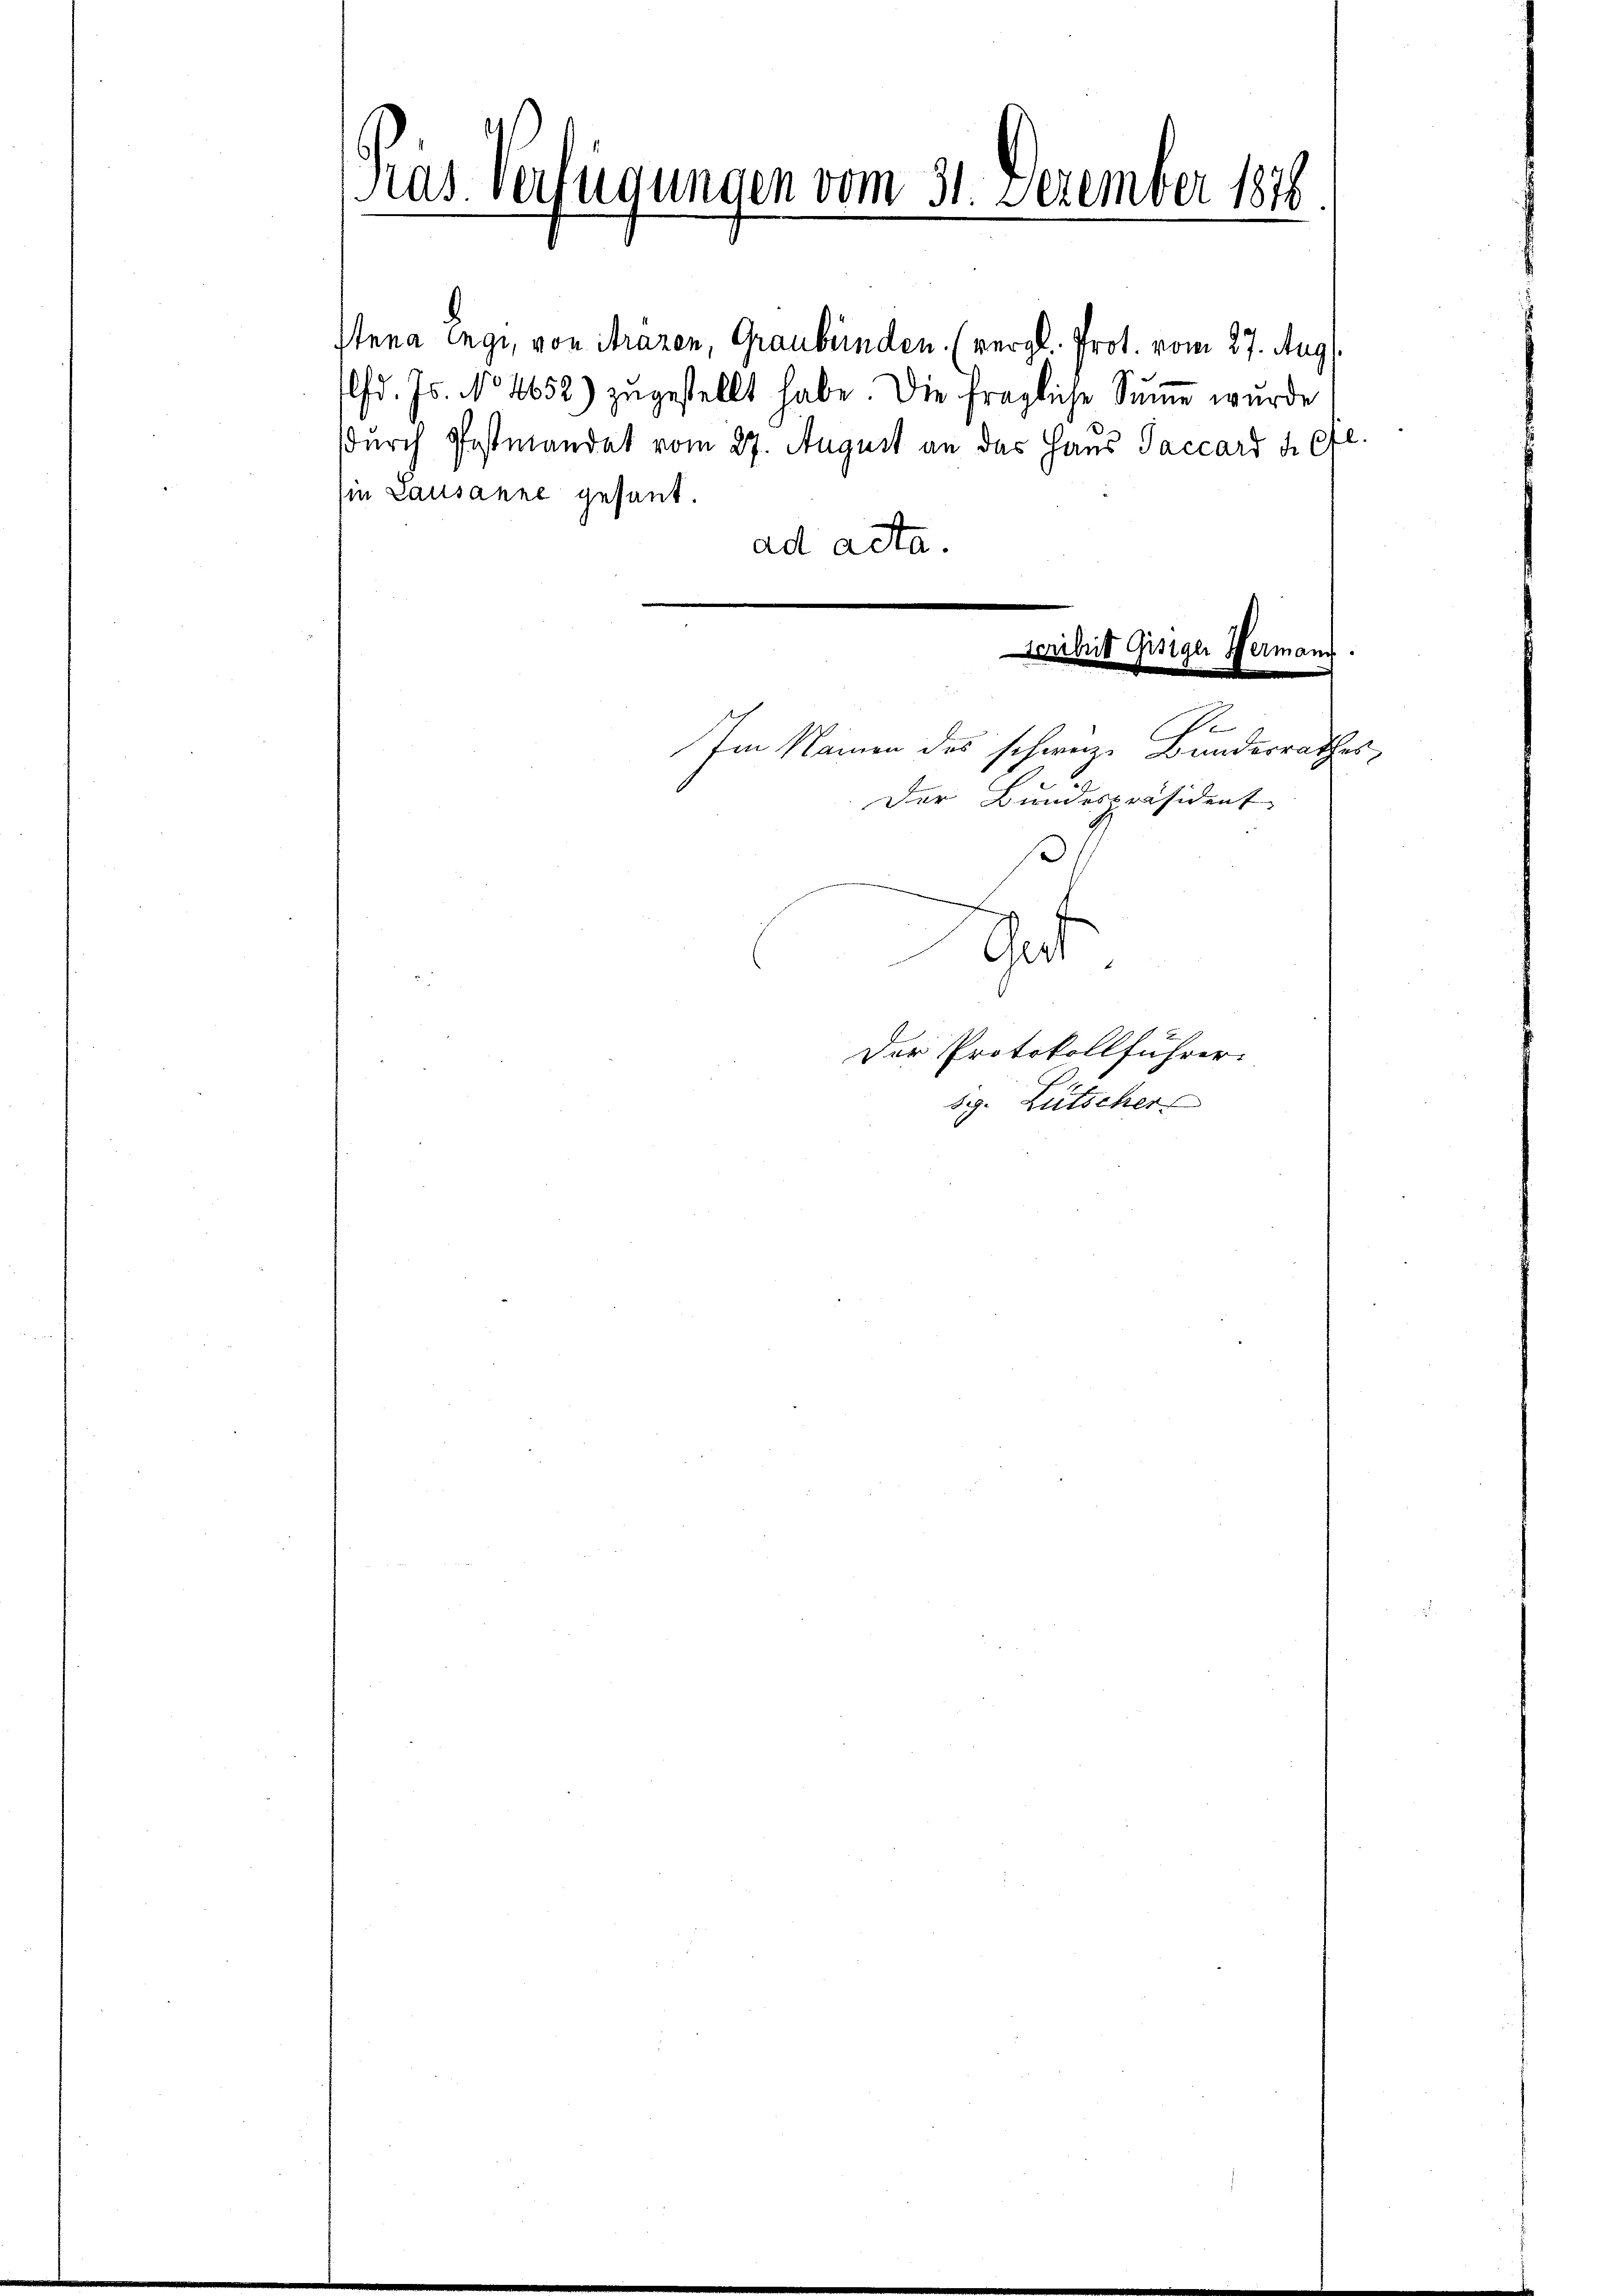
ras. Verfügungen vom 31. Dezember 1878
.

stena Engi, von Strazen, Graubünden. (vergl. Prot. vom 27. Aug.
Plfd. Js. No 1652) zugestellt habe. Die fragliche Summe wurde
sdurch Postmandat vom 27. August an des Haus Saccard u. 6 fl.
sie Lausanne gesant.
ad acta.
Scriheit Gisiger Hermann.

A
Im Namen des schweiz. Bundesrathes
Der Bundespräsident
Gut.
weisen
Der Protokollführer.
59. Lütscher